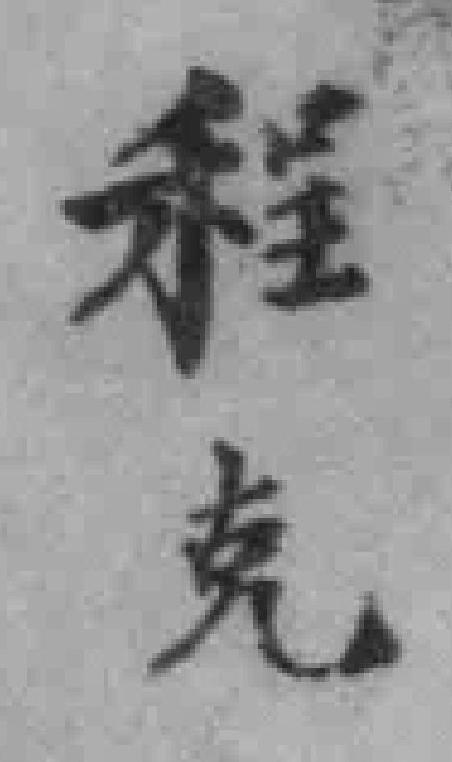
程克